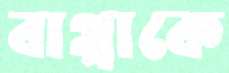
বাপ্পাকে